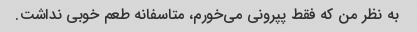
به نظر من که فقط پپرونی می‌خورم، متاسفانه طعم خوبی نداشت.